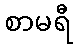
စာမရီ